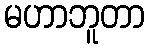
မဟာဘူတာ